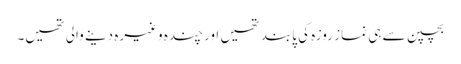
بچپن سے ہی نماز روزہ کی پابند تھیں اور چندہ وغیرہ دینے والی تھیں۔